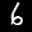
Label: 6